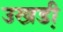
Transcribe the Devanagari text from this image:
उखडी़